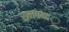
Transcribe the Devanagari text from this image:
रामचन्द॒